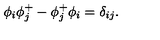
\phi _ { i } \phi _ { j } ^ { + } - \phi _ { j } ^ { + } \phi _ { i } = \delta _ { i j } .